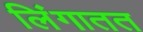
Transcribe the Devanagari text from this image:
लिंगातत